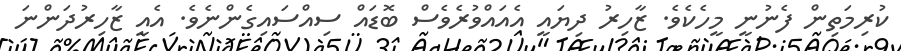
ކުރިމަތިން ފެނުނީ މީހެކެވެ. ޒާހިރު ދިޔައީ އެއައްވުރެވެސް ބޮޑައް ސިއްސައިގެންނެވެ. އެއީ ޒާހިރުދަންނަ